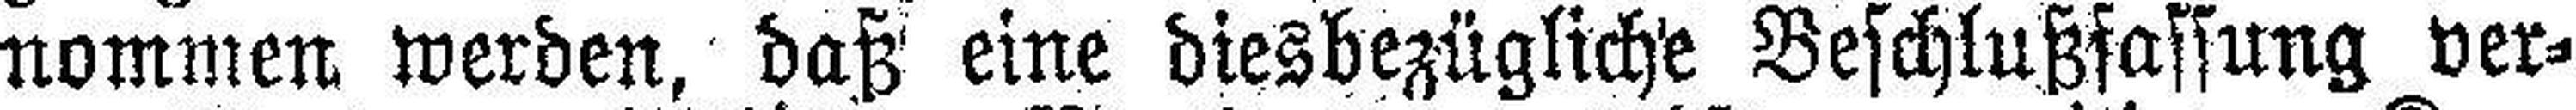
nommen werden, daß eine diesbezügliche Beschlußfassung ver¬